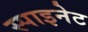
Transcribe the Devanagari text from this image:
स्पाइनेट